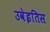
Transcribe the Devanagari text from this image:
उवेइतिस